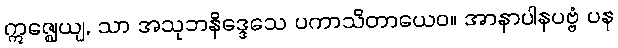
ဣဇ္ဈေယျ, သာ အသုဘနိဒ္ဒေသေ ပကာသိတာယေဝ။ အာနာပါနပဗ္ဗံ ပန